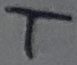
Text: T